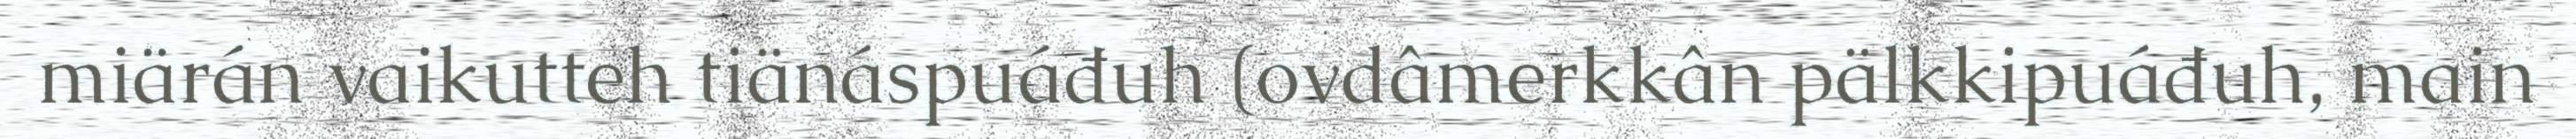
miärán vaikutteh tiänáspuáđuh (ovdâmerkkân pälkkipuáđuh, main